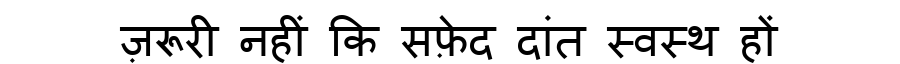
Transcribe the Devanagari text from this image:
ज़रूरी नहीं कि सफ़ेद दांत स्वस्थ हों